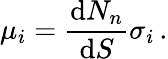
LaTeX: \mu_{i}=\frac{\textup dN_{n}}{\textup dS}\sigma_{i}\, .